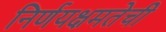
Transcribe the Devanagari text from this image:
निर्णयक्षमतेची